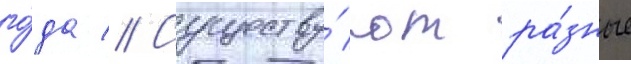
го́да // Существу́ют ра́зные